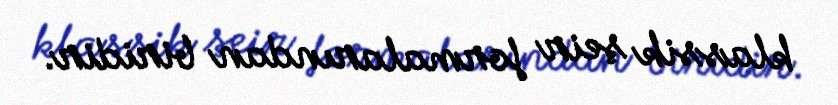
klassik şeir formalarından biridir.